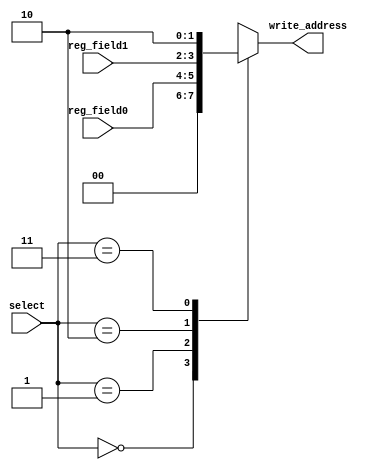
module write_address_select (input [1:0] select, input [1:0] reg_field0, reg_field1, output reg [1:0] write_address);

always @ (*)
	begin
		case (select)
			2'b00: write_address = 0;
			2'b01: write_address = reg_field0;
			2'b10: write_address = reg_field1;
			2'b11: write_address = 2;
		endcase
	end

endmodule